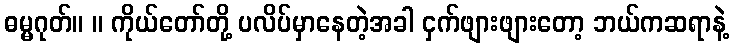
ဓမ္မဂုတ်။ ။ ကိုယ်တော်တို့ ပလိပ်မှာနေတဲ့အခါ ငှက်ဖျားဖျားတော့ ဘယ်ကဆရာနဲ့